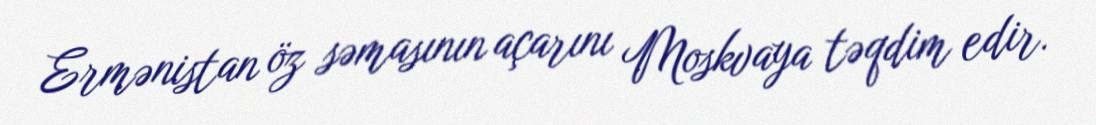
Ermənistan öz səmasının açarını Moskvaya təqdim edir.